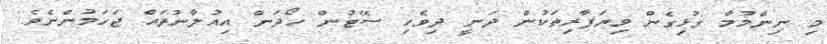
މި ނިންމުމާ ގުޅިގެން ވިޔަފާރިތަކުން ދަނީ ދިވެހި ސޭޓުން ހޯދަން އިއުލާނުތައް ޖަހަމުންނެވެ.